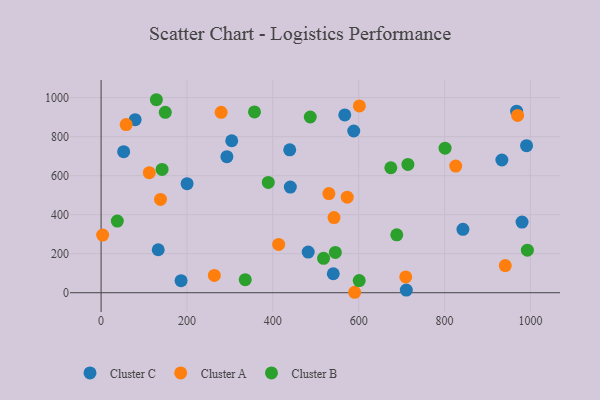
{"axis": {"x": "Speed", "y": "Salary"}, "legend": ["Cluster A", "Cluster B", "Cluster C"], "data": [{"x": "567.6", "y": 911.2, "type": "Cluster C"}, {"x": "540.8", "y": 97.3, "type": "Cluster C"}, {"x": "482.4", "y": 208.5, "type": "Cluster C"}, {"x": "439.4", "y": 732.5, "type": "Cluster C"}, {"x": "710.9", "y": 13.4, "type": "Cluster C"}, {"x": "980.5", "y": 362.0, "type": "Cluster C"}, {"x": "293.0", "y": 697.4, "type": "Cluster C"}, {"x": "304.3", "y": 779.1, "type": "Cluster C"}, {"x": "200.3", "y": 558.8, "type": "Cluster C"}, {"x": "588.5", "y": 829.0, "type": "Cluster C"}, {"x": "440.8", "y": 541.5, "type": "Cluster C"}, {"x": "842.8", "y": 324.9, "type": "Cluster C"}, {"x": "967.8", "y": 930.7, "type": "Cluster C"}, {"x": "52.6", "y": 722.9, "type": "Cluster C"}, {"x": "933.5", "y": 680.3, "type": "Cluster C"}, {"x": "186.3", "y": 61.6, "type": "Cluster C"}, {"x": "991.0", "y": 753.6, "type": "Cluster C"}, {"x": "133.1", "y": 220.4, "type": "Cluster C"}, {"x": "79.3", "y": 887.1, "type": "Cluster C"}, {"x": "970.1", "y": 909.0, "type": "Cluster A"}, {"x": "826.0", "y": 649.2, "type": "Cluster A"}, {"x": "58.4", "y": 862.1, "type": "Cluster A"}, {"x": "413.6", "y": 247.4, "type": "Cluster A"}, {"x": "3.6", "y": 295.7, "type": "Cluster A"}, {"x": "279.6", "y": 924.8, "type": "Cluster A"}, {"x": "709.6", "y": 81.1, "type": "Cluster A"}, {"x": "542.5", "y": 385.1, "type": "Cluster A"}, {"x": "590.6", "y": 2.3, "type": "Cluster A"}, {"x": "263.8", "y": 88.6, "type": "Cluster A"}, {"x": "941.4", "y": 139.4, "type": "Cluster A"}, {"x": "601.6", "y": 957.3, "type": "Cluster A"}, {"x": "138.4", "y": 478.3, "type": "Cluster A"}, {"x": "112.3", "y": 615.2, "type": "Cluster A"}, {"x": "573.3", "y": 490.0, "type": "Cluster A"}, {"x": "530.6", "y": 508.0, "type": "Cluster A"}, {"x": "389.4", "y": 565.3, "type": "Cluster B"}, {"x": "992.9", "y": 218.2, "type": "Cluster B"}, {"x": "601.2", "y": 62.2, "type": "Cluster B"}, {"x": "128.8", "y": 989.3, "type": "Cluster B"}, {"x": "149.5", "y": 924.6, "type": "Cluster B"}, {"x": "545.6", "y": 206.5, "type": "Cluster B"}, {"x": "714.6", "y": 657.6, "type": "Cluster B"}, {"x": "674.8", "y": 640.6, "type": "Cluster B"}, {"x": "801.2", "y": 740.7, "type": "Cluster B"}, {"x": "142.1", "y": 632.0, "type": "Cluster B"}, {"x": "688.7", "y": 296.6, "type": "Cluster B"}, {"x": "335.8", "y": 67.0, "type": "Cluster B"}, {"x": "357.3", "y": 926.6, "type": "Cluster B"}, {"x": "37.8", "y": 367.4, "type": "Cluster B"}, {"x": "487.2", "y": 900.8, "type": "Cluster B"}, {"x": "518.2", "y": 176.2, "type": "Cluster B"}]}